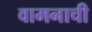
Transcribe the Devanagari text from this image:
वामनाची